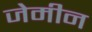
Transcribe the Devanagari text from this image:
जेमीन